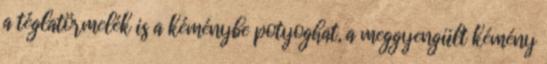
a téglatörmelék is a kéménybe potyoghat, a meggyengült kémény